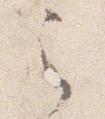
之